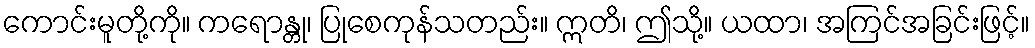
ကောင်းမူတို့ကို။ ကရောန္တု၊ ပြုစေကုန်သတည်း။ ဣတိ၊ ဤသို့။ ယထာ၊ အကြင်အခြင်းဖြင့်။